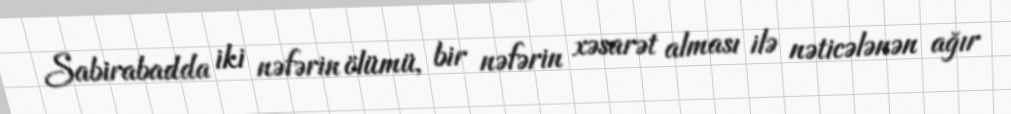
Sabirabadda iki nəfərin ölümü, bir nəfərin xəsarət alması ilə nəticələnən ağır